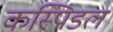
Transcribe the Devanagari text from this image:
कस्पिडल